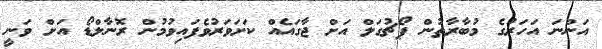
އަންނަ އަހަރުގެ މުބާރާތުން ޕޯޗުގަލް އަށް ޖާގައެއް ކަށަވަރުވެފައިވުމުން ރޮނާލްޑޯ އަށް ވަނީ